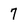
Character: 7